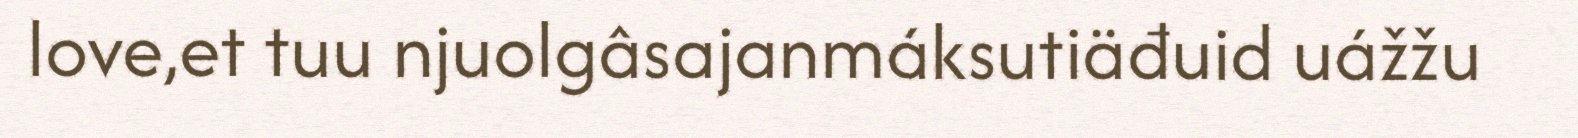
love,et tuu njuolgâsajanmáksutiäđuid uážžu